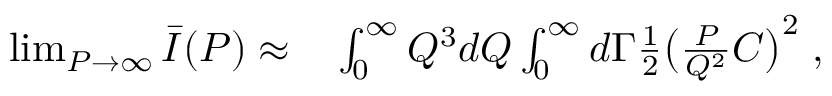
\begin{array} { r l } { \operatorname* { l i m } _ { P \to \infty } \bar { I } ( P ) \approx } & { { } \int _ { 0 } ^ { \infty } Q ^ { 3 } d Q \int _ { 0 } ^ { \infty } d \Gamma \frac 1 2 \big ( \frac { P } { Q ^ { 2 } } C \big ) ^ { 2 } \; , } \end{array}